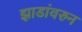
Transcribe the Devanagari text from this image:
झाडांवरुन